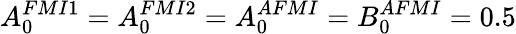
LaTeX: A_{0}^{FMI{1}}=A_{0}^{FMI{2}}=A_{0}^{AFMI}=B_{0}^{AFMI}=0.5